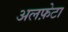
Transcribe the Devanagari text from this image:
अलफ़ेटा